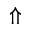
\Uparrow